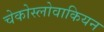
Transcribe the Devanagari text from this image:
चेकोस्लोवाकियन